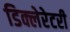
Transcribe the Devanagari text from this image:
डिक्लेरेटरी